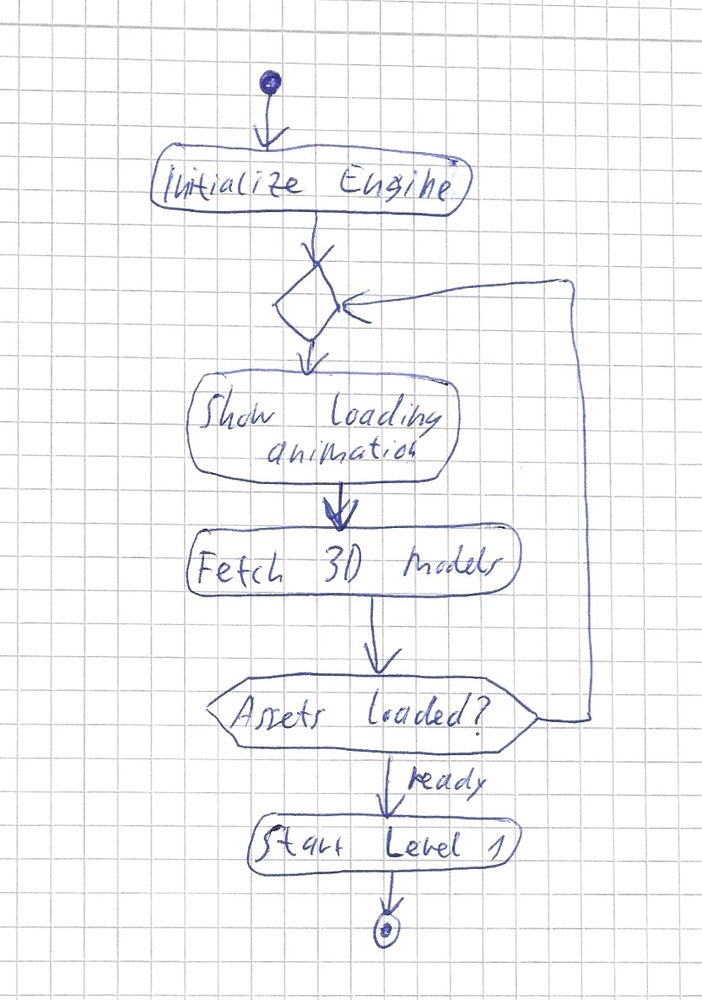
Diagram type: activity_diagram
```plantuml
@startuml

start
:Initialize Engine;
repeat
  :Show loading animation;
  :Fetch 3D models;
repeat while (Assets loaded?) not (ready)
:Start Level 1;
stop

@enduml
```